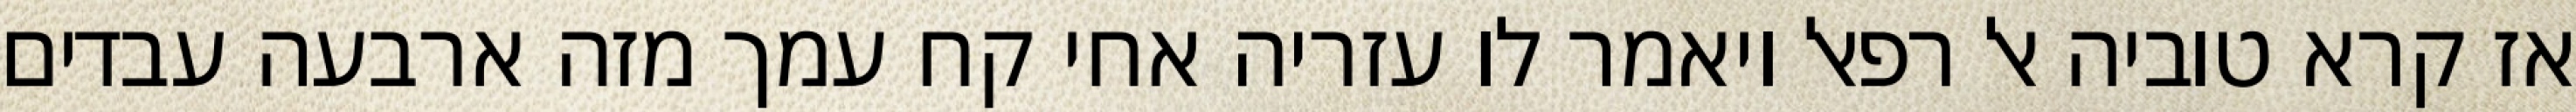
אז קרא טוביה אל רפאל ויאמר לו עזריה אחי קח עמך מזה ארבעה עבדים